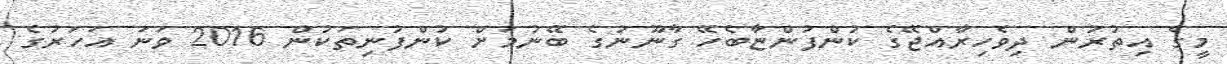
މީގެ އިތުރުން ދިވެހިރާއްޖޭގެ ކުންފުންޏާބެހޭ ގާނޫނުގެ ބޭނުމަށް ކުންފުނިތަކުން 2016 ވަނަ އަހަރުގެ